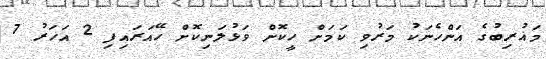
މަޣުރިބުގެ އަންހެނަކު މަރުވި ކަމަށް ހީކޮށް ވަޅުލަނިކޮށް ހޭއަރައިފި 2 އަހަރު 7